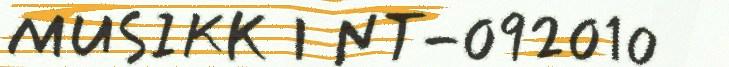
MUSIKK I NT-092010